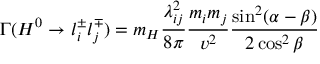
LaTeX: \Gamma ( H ^ { 0 } \to l _ { i } ^ { \pm } l _ { j } ^ { \mp } ) = m _ { H } \frac { \lambda _ { i j } ^ { 2 } } { 8 \pi } \frac { m _ { i } m _ { j } } { v ^ { 2 } } \frac { \sin ^ { 2 } ( \alpha - \beta ) } { 2 \cos ^ { 2 } \beta }